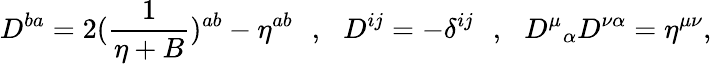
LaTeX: D^{ba}=2({\frac{1}{\eta+B}})^{ab}-\eta^{ab}\, \, \, \, ,\, \, \, \, D^{ij}=-\delta^{ij}\, \, \, \, ,\, \, \, \, {D^{\mu}}_{\alpha}D^{\nu\alpha}=\eta^{\mu\nu},